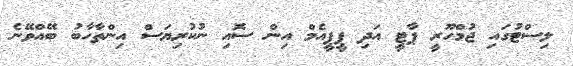
ލިސްޓުގައި ޖުމްހޫރީ ޕާޓީ އަދި ޕީޕީއެމް އިން ސޮއި ނުކުރިޔަސް އިންތާހާބު ބޭއްވޭނެ